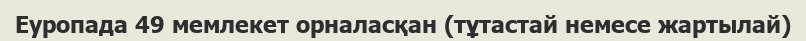
Еуропада 49 мемлекет орналасқан (тұтастай немесе жартылай)